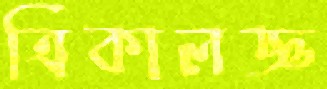
ত্রিকালজ্ঞ